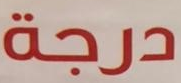
درجة